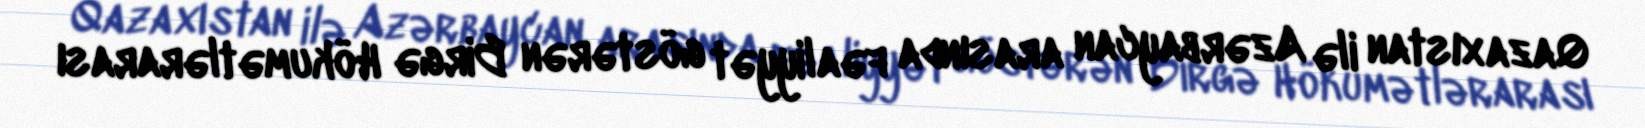
Qazaxıstan ilə Azərbaycan arasında fəaliyyət göstərən Birgə Hökumətlərarası